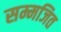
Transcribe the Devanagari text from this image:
सम्मजित